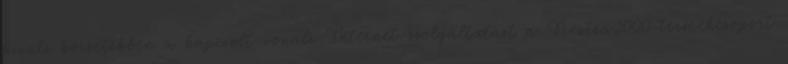
kívüli körzetekben a kapcsolt vonali Internet-szolgáltatást a Nextra2000 termékcsoport